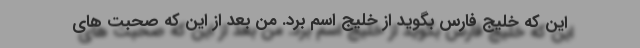
این که خلیج فارس بگوید از خلیج اسم برد. من بعد از این که صحبت های